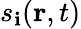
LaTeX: s_{\mathbf{i}}(\textbf{{r}},t)